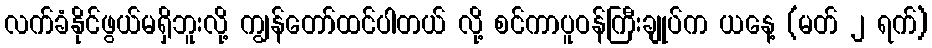
လက်ခံနိုင်ဖွယ်မရှိဘူးလို့ ကျွန်တော်ထင်ပါတယ် လို့ စင်ကာပူဝန်ကြီးချုပ်က ယနေ့ (မတ် ၂ ရက်)